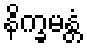
နိက္ခမန္တံ